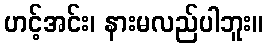
ဟင့်အင်း၊ နားမလည်ပါဘူး။